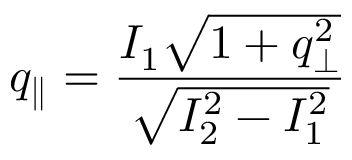
q _ { \parallel } = \frac { I _ { 1 } \sqrt { 1 + q _ { \perp } ^ { 2 } } } { \sqrt { I _ { 2 } ^ { 2 } - I _ { 1 } ^ { 2 } } }